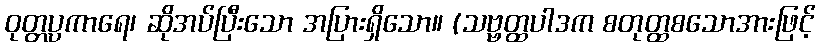
ဝုတ္တပ္ပကာရေ၊ ဆိုအပ်ပြီးသော အပြားရှိသော။ (သဗ္ဗတ္ထပါဒက စတုတ္ထစသောအားဖြင့်